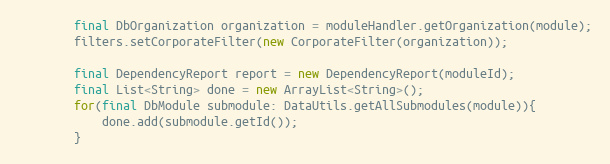
Language: Java
        final DbOrganization organization = moduleHandler.getOrganization(module);
        filters.setCorporateFilter(new CorporateFilter(organization));

        final DependencyReport report = new DependencyReport(moduleId);
        final List<String> done = new ArrayList<String>();
        for(final DbModule submodule: DataUtils.getAllSubmodules(module)){
            done.add(submodule.getId());
        }